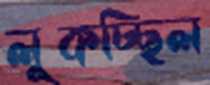
লুকচ্ছিল